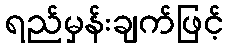
ရည်မှန်းချက်ဖြင့်